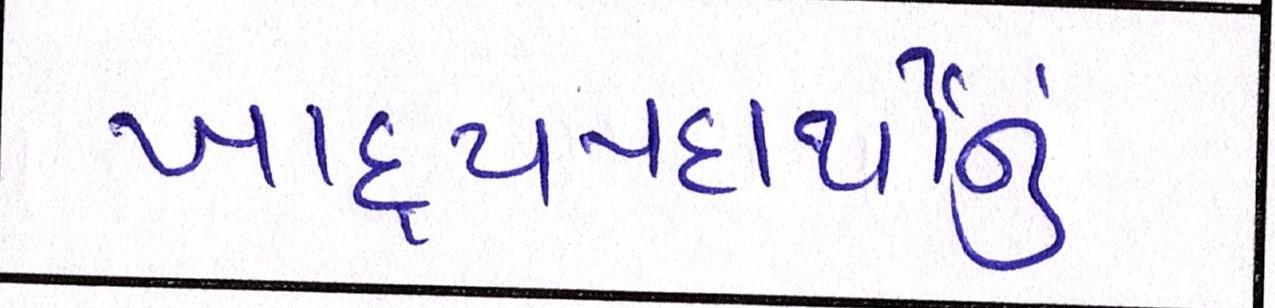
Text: ખાદ્યપદાર્થોનું